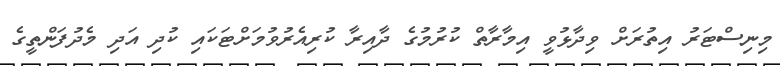
މިނިސްޓަރު އިތުރަށް ވިދާޅުވީ އިމާރާތް ކުރުމުގެ ދާއިރާ ކުރިއެރުވުމަށްޓަކައި ކުދި އަދި މެދުފަންތީގެ